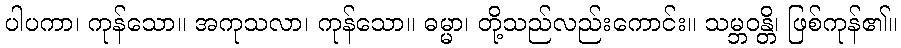
ပါပကာ၊ ကုန်သော။ အကုသလာ၊ ကုန်သော။ ဓမ္မာ၊ တို့သည်လည်းကောင်း။ သမ္ဘဝန္တိ၊ ဖြစ်ကုန်၏။